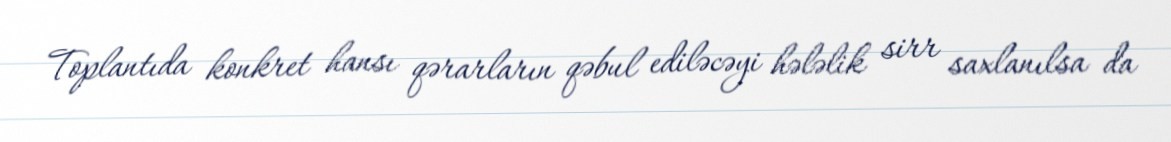
Toplantıda konkret hansı qərarların qəbul ediləcəyi hələlik sirr saxlanılsa da